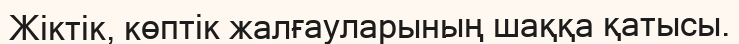
Жіктік, көптік жалғауларының шаққа қатысы.